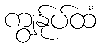
ကျွန်ုပ်ထံ